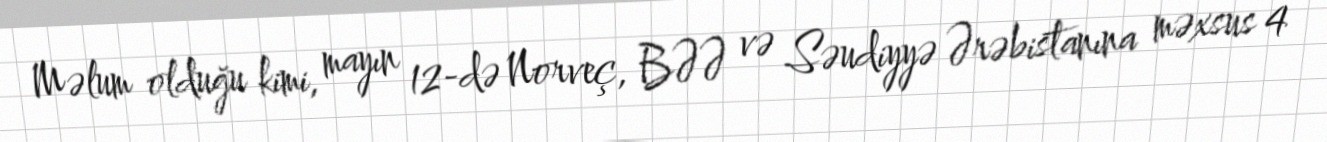
Məlum olduğu kimi, mayın 12-də Norveç, BƏƏ və Səudiyyə Ərəbistanına məxsus 4